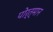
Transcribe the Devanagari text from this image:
पोर्त्मान